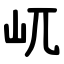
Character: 屼